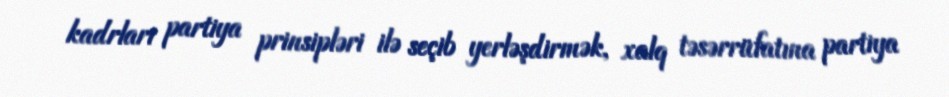
kadrları partiya prinsipləri ilə seçib yerləşdirmək, xalq təsərrüfatına partiya